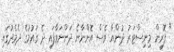
" ފޮރިން މިނިސްޓަރު ދުންޔާ ވެސް އޮންނާނެ ދަންނަވާފައި ދެ ގައުމުގެ ދެމެދުގައި